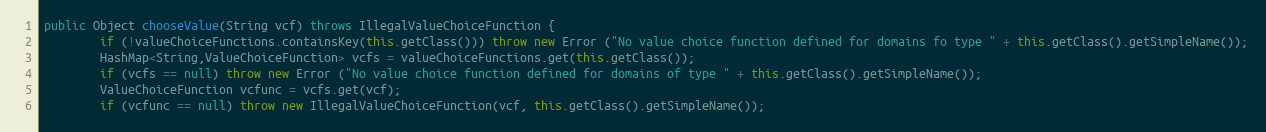
Language: Java
public Object chooseValue(String vcf) throws IllegalValueChoiceFunction {
		if (!valueChoiceFunctions.containsKey(this.getClass())) throw new Error ("No value choice function defined for domains fo type " + this.getClass().getSimpleName());
		HashMap<String,ValueChoiceFunction> vcfs = valueChoiceFunctions.get(this.getClass());
		if (vcfs == null) throw new Error ("No value choice function defined for domains of type " + this.getClass().getSimpleName());
		ValueChoiceFunction vcfunc = vcfs.get(vcf);
		if (vcfunc == null) throw new IllegalValueChoiceFunction(vcf, this.getClass().getSimpleName());